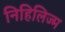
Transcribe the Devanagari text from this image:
निहिलिज्म